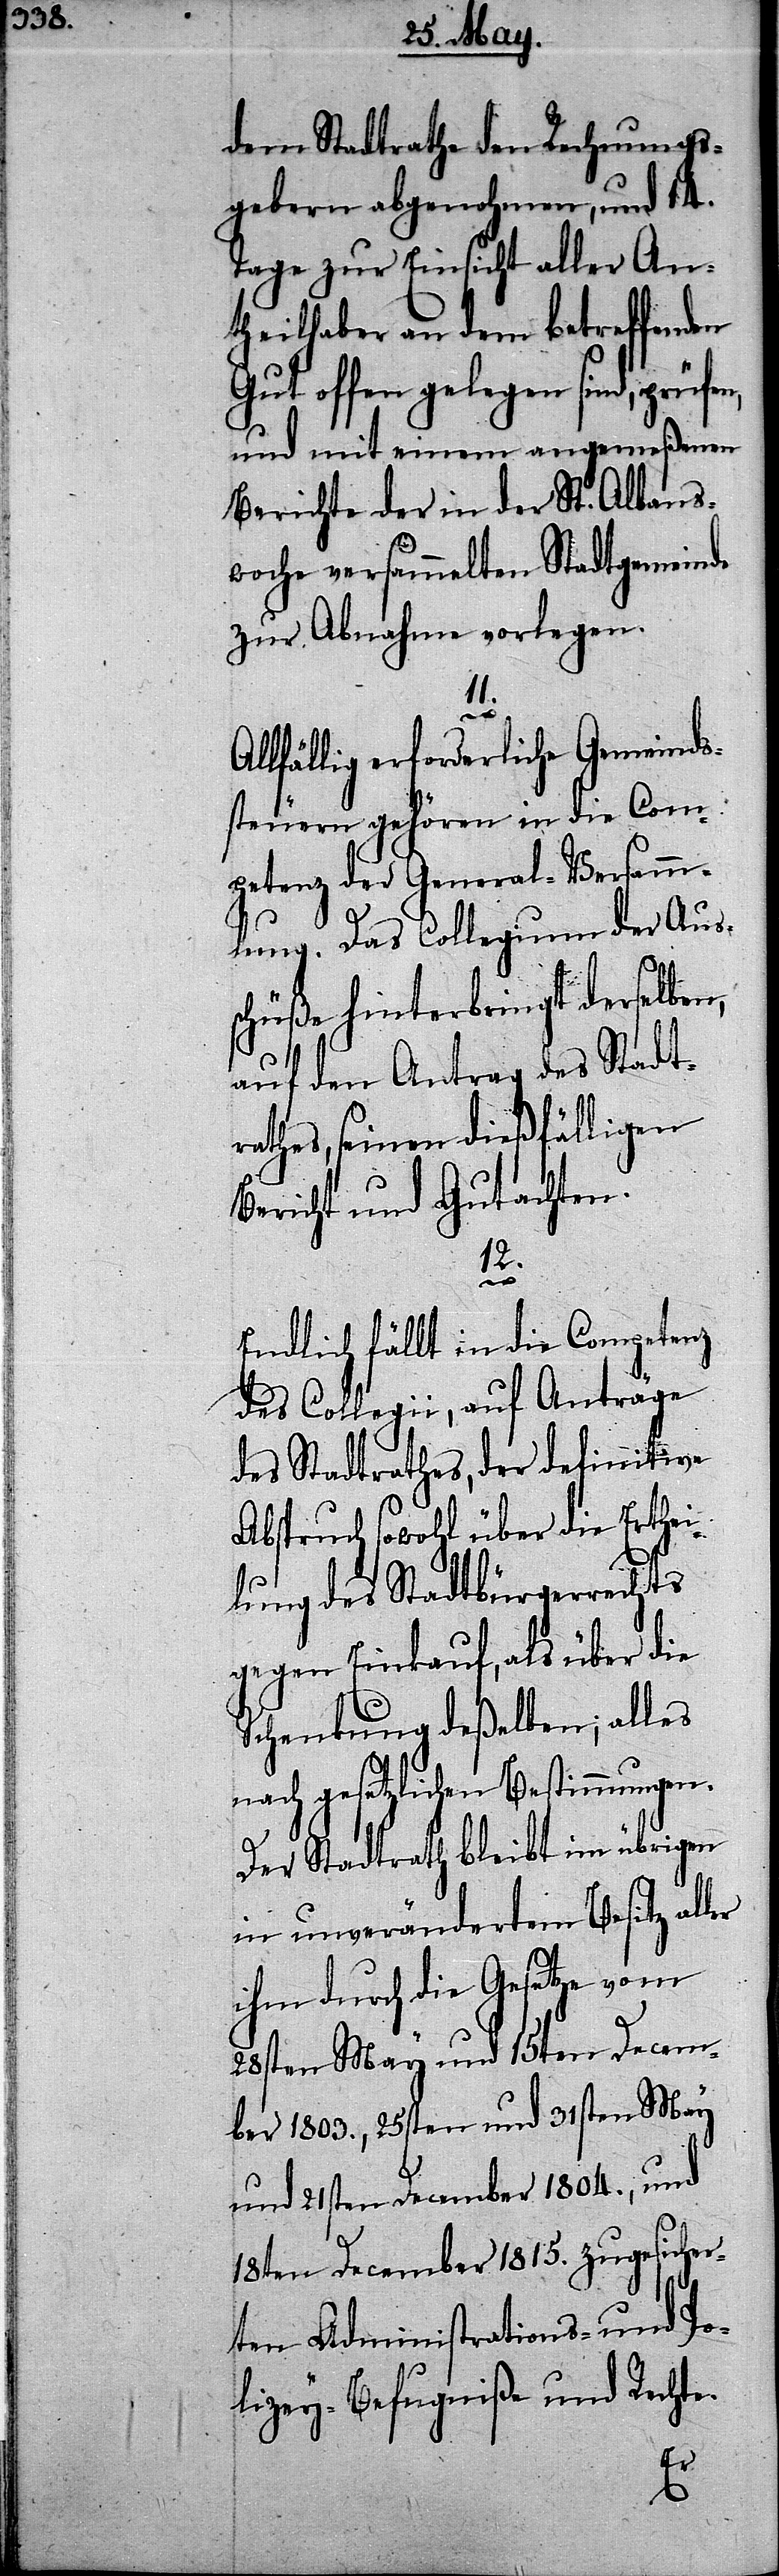
dem Stadtrathe den Rechnungs¬
gebern abgenohmen, und 14.
Tage zur Einsicht aller An¬
theilhaber an dem betreffenden
Gut offen gelegen sind, prüfen,
und mit einem angemeßenen
Berichte der in der St. Albans¬
woche versammelten Stadtgemeinde
zur Abnahme vorlegen.
11.
A¬
llfällig erforderliche Gemeinds¬
steuern gehören in die Com¬
petenz der General-Versamm¬
lung. Das Collegium der Aus¬
schüße hinterbringt derselben,
auf den Antrag des Stadt¬
rathes, seinen dießfälligen
Bericht und Gutachten.
12.
Endlich fällt in die Competenz
des Collegii, auf Anträge
des Stadtrathes der definitive
Abspruch sowohl über die Erthei¬
lung des Stadtbürgerrechts
gegen Einkauf, als über die
Schenkung deßelben; alles
nach gesetzlichen Bestimmungen.
Der Stadtrath bleibt im übrigen
in unverändertem Besitz aller
ihm durch die Gesetze vom
28sten May und 15ten Decem¬
ber 1803., 25sten und 31sten May
und 21sten December 1804., und
18ten December 1815. zugesicher¬
ten Administrations- und Po¬
lizey-Befugniße und Rechte.